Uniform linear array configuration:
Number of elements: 4
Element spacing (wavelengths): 1
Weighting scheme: cosine
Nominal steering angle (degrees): -15
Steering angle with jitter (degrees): -16.265
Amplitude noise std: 0.05
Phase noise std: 0.05

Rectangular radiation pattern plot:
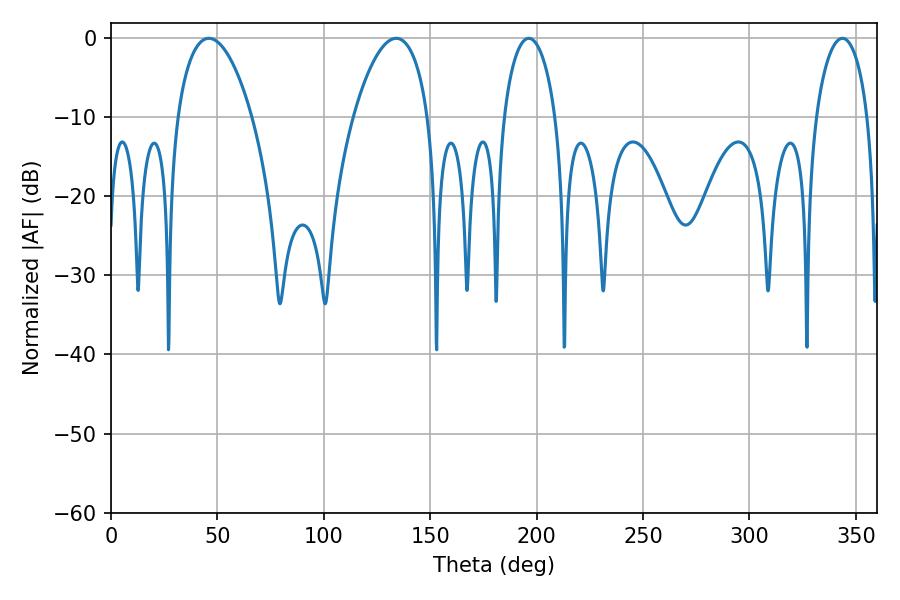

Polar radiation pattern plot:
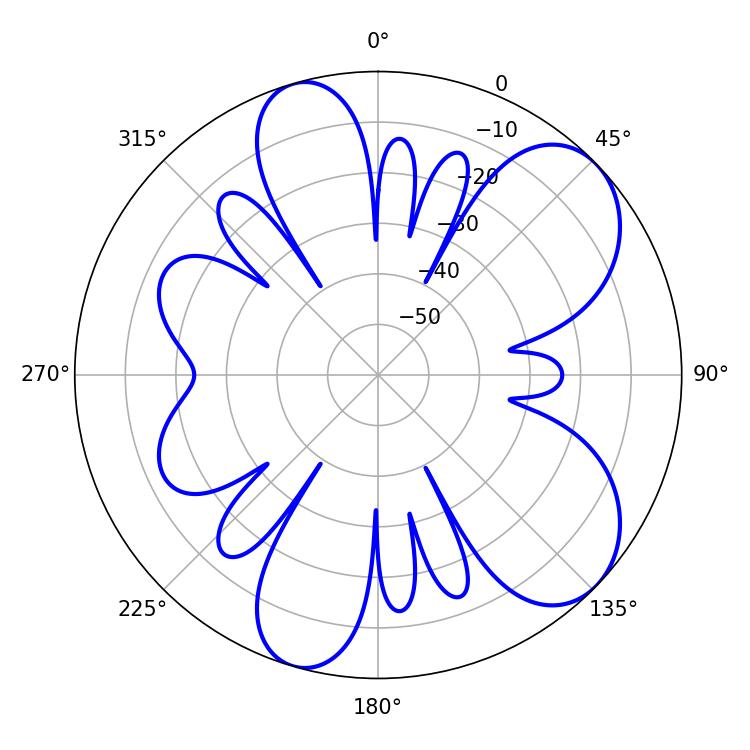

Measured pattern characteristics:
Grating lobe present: TRUE
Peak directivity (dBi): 7.524
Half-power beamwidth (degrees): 19.62
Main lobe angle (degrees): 45.9